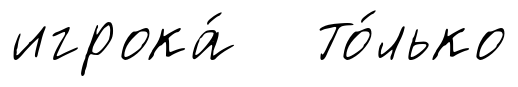
игрока́ то́лько